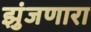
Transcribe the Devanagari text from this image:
झुंजणारा